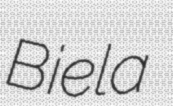
Biela